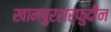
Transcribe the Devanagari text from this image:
खानपुरशर्फुदीन